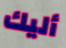
أليك